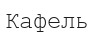
Кафель